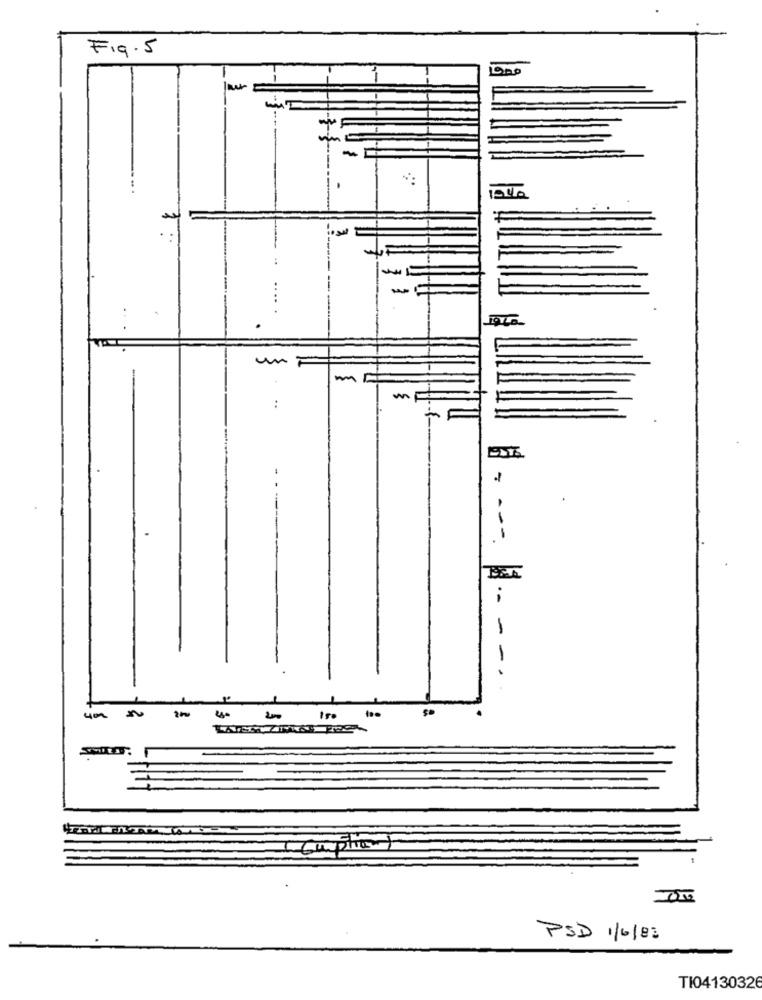
Fig.5
WE
un F
:
-
-
SO
Compte
PSD 1/6/83
TI04130326